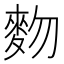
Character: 䴯